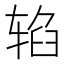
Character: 𰺐